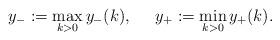
LaTeX: \begin{align*}y_- := \max_{k>0} y_-(k),\;\;\;\;\; y_+ := \min_{k>0} y_+(k).\end{align*}